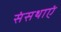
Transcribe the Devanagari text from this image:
संसथाएं